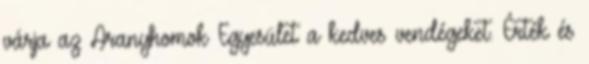
várja az Aranyhomok Egyesület a kedves vendégeket. Érték és